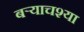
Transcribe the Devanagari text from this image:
बर्‍याचश्या